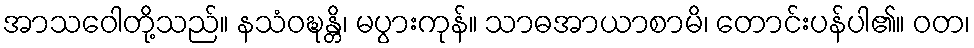
အာသဝေါတို့သည်။ နသံဝဍ္ဎန္တိ၊ မပွားကုန်။ သာဓအာယာစာမိ၊ တောင်းပန်ပါ၏။ ဝတ၊